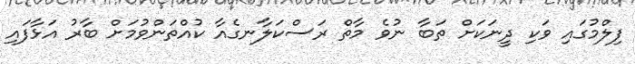
ފިލްމުގައި ވަކި ދީނަކަށް ތަބާ ނުވެ މާތް ރަސްކަލާނގެއާ ކުއްތަންވުމަށް ބާރު އަޅާފައި